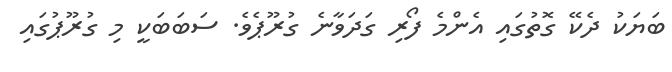
ބަޔަކު ދެކޭ ގޮތުގައި އެންމެ ފޯރި ގަދަވާނެ ގުރޫޕެވެ. ސަބަބަކީ މި ގުރޫޕުގައި